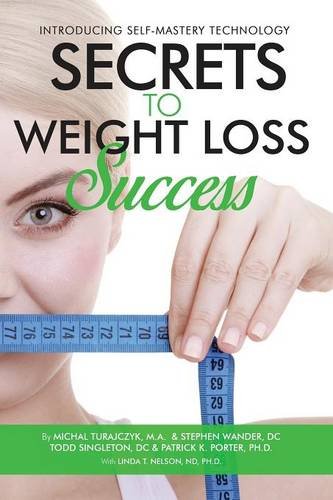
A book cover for SECRETS TO WEIGHT LOSS SUCCESS; Michal Turajczyk; Medical Books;